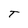
Character: T